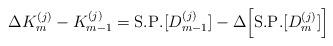
LaTeX: \begin{align*}\Delta K_{m}^{(j)}-K_{m-1}^{(j)}=\mathrm{S. P.}[D_{m-1}^{(j)}]-\Delta\Big[\mathrm{S. P.} [D_{m}^{(j)}]\Big]\end{align*}